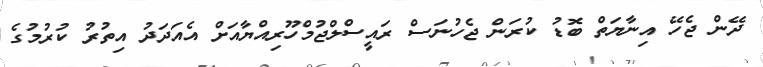
ދޭން ޖެހޭ އިނާޔަތް ބޮޑު ކުރަން ޖެހުނަސް ރައީސްލްޖުމްހޫރިއްޔާއަށް އެއަދަދު އިތުރު ކުރުމުގެ